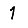
Digit: 1